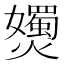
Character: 𡤗